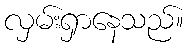
လှမ်းရှာနေသည်။